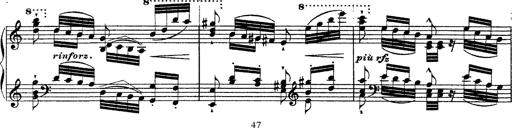
Title: Ã‰tudes d'exÃ©cution transcendante d'aprÃ¨s Paganini
Composer: Franz Liszt